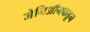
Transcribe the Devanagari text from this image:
जेनिऑनकडून